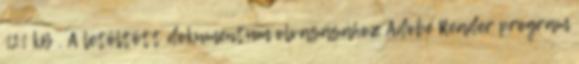
121 kB . A letöltött dokumentum olvasásához Adobe Reader program